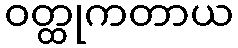
ဝတ္ထုကတာယ